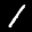
Label: 1